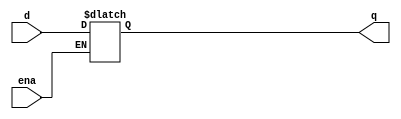
module top_module (
    input d, 
    input ena,
    output q);

always @(*) begin
if (ena == 1) begin
q <= d;
end
end
endmodule